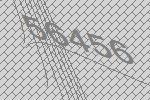
56456